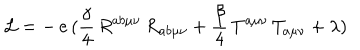
{ \cal { L } } = - \, e \, ( \frac { \gamma } { 4 } \, R ^ { a b \mu \nu } \, R _ { a b \mu \nu } + \frac { \beta } { 4 } \, T ^ { a \mu \nu } \, T _ { a \mu \nu } + \lambda )